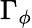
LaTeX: \Gamma_{\phi}